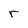
Character: r